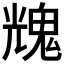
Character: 𩳁